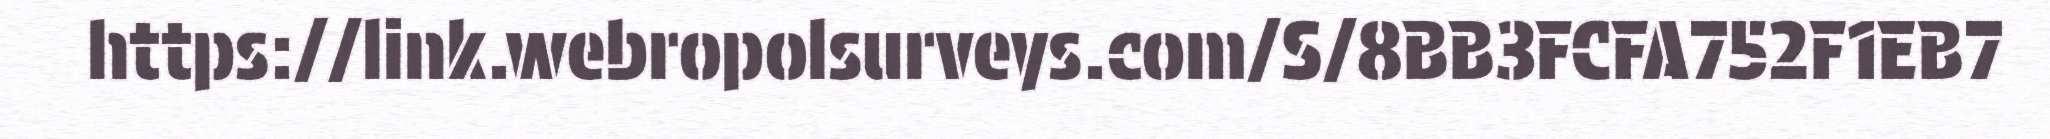
https://link.webropolsurveys.com/S/8BB3FCFA752F1EB7